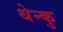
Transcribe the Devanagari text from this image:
थेन्कु